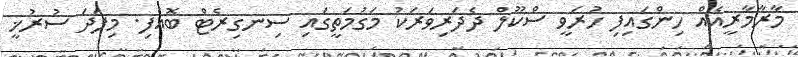
މާރާމާރީއެއް ހިންގައިފި ހުރަވީ ސްކޫލް ދެދަރިވަރަކު މަގުމަތީގައި ސިނގިރެޓް ބޮއެފި. މިފަދަ ސުރުޚީ